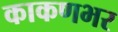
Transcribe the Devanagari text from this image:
काकणभर